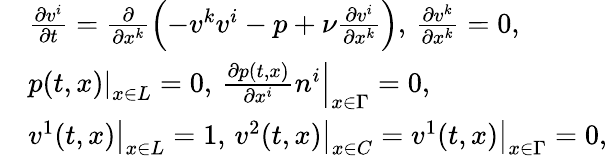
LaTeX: \begin{array}{rl}&{\frac{\partial v^{i}}{\partial t}=\frac{\partial}{\partial x^{k}}\left(-v^{k}v^{i}-p+\nu\frac{\partial v^{i}}{\partial x^{k}}\right),\, \frac{\partial v^{k}}{\partial x^{k}}=0,}\\ &{\left.p(t,x)\right|_{x\in L}=0,\, \left.\frac{\partial p(t,x)}{\partial x^{i}}n^{i}\right|_{x\in\Gamma}=0,}\\ &{\left.v^{1}(t,x)\right|_{x\in L}=1,\, \left.v^{2}(t,x)\right|_{x\in C}=\left.v^{1}(t,x)\right|_{x\in\Gamma}=0,}\end{array}